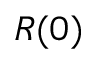
R ( 0 )